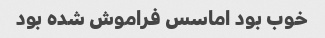
خوب بود اماسس فراموش شده بود